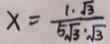
x = \frac { 1 \cdot \sqrt { 3 } } { 5 \sqrt { 3 } \cdot \sqrt { 3 } }